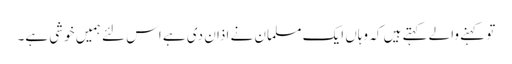
تو کہنے والے کہتے ہیں کہ وہاں ایک مسلمان نے اذان دی ہے اس لئے ہمیں خوشی ہے۔